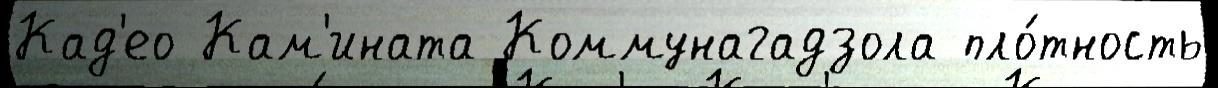
Кад'ео Кам'ината Коммунагадзола пло́тность